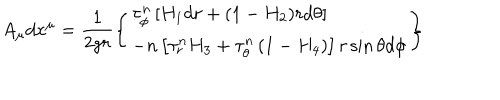
LaTeX: A _ { \mu } d x ^ { \mu } = \frac { 1 } { 2 g r } \left\{ \begin{array} { l } { { \displaystyle { \tau _ { \phi } ^ { n } \left[ H _ { 1 } d r + ( 1 - H _ { 2 } ) r d \theta \right] } } } \\ { { \displaystyle { - n \left[ \tau _ { r } ^ { n } H _ { 3 } + \tau _ { \theta } ^ { n } \left( 1 - H _ { 4 } \right) \right] r \sin \theta d \phi } } } \\ \end{array} \right\}